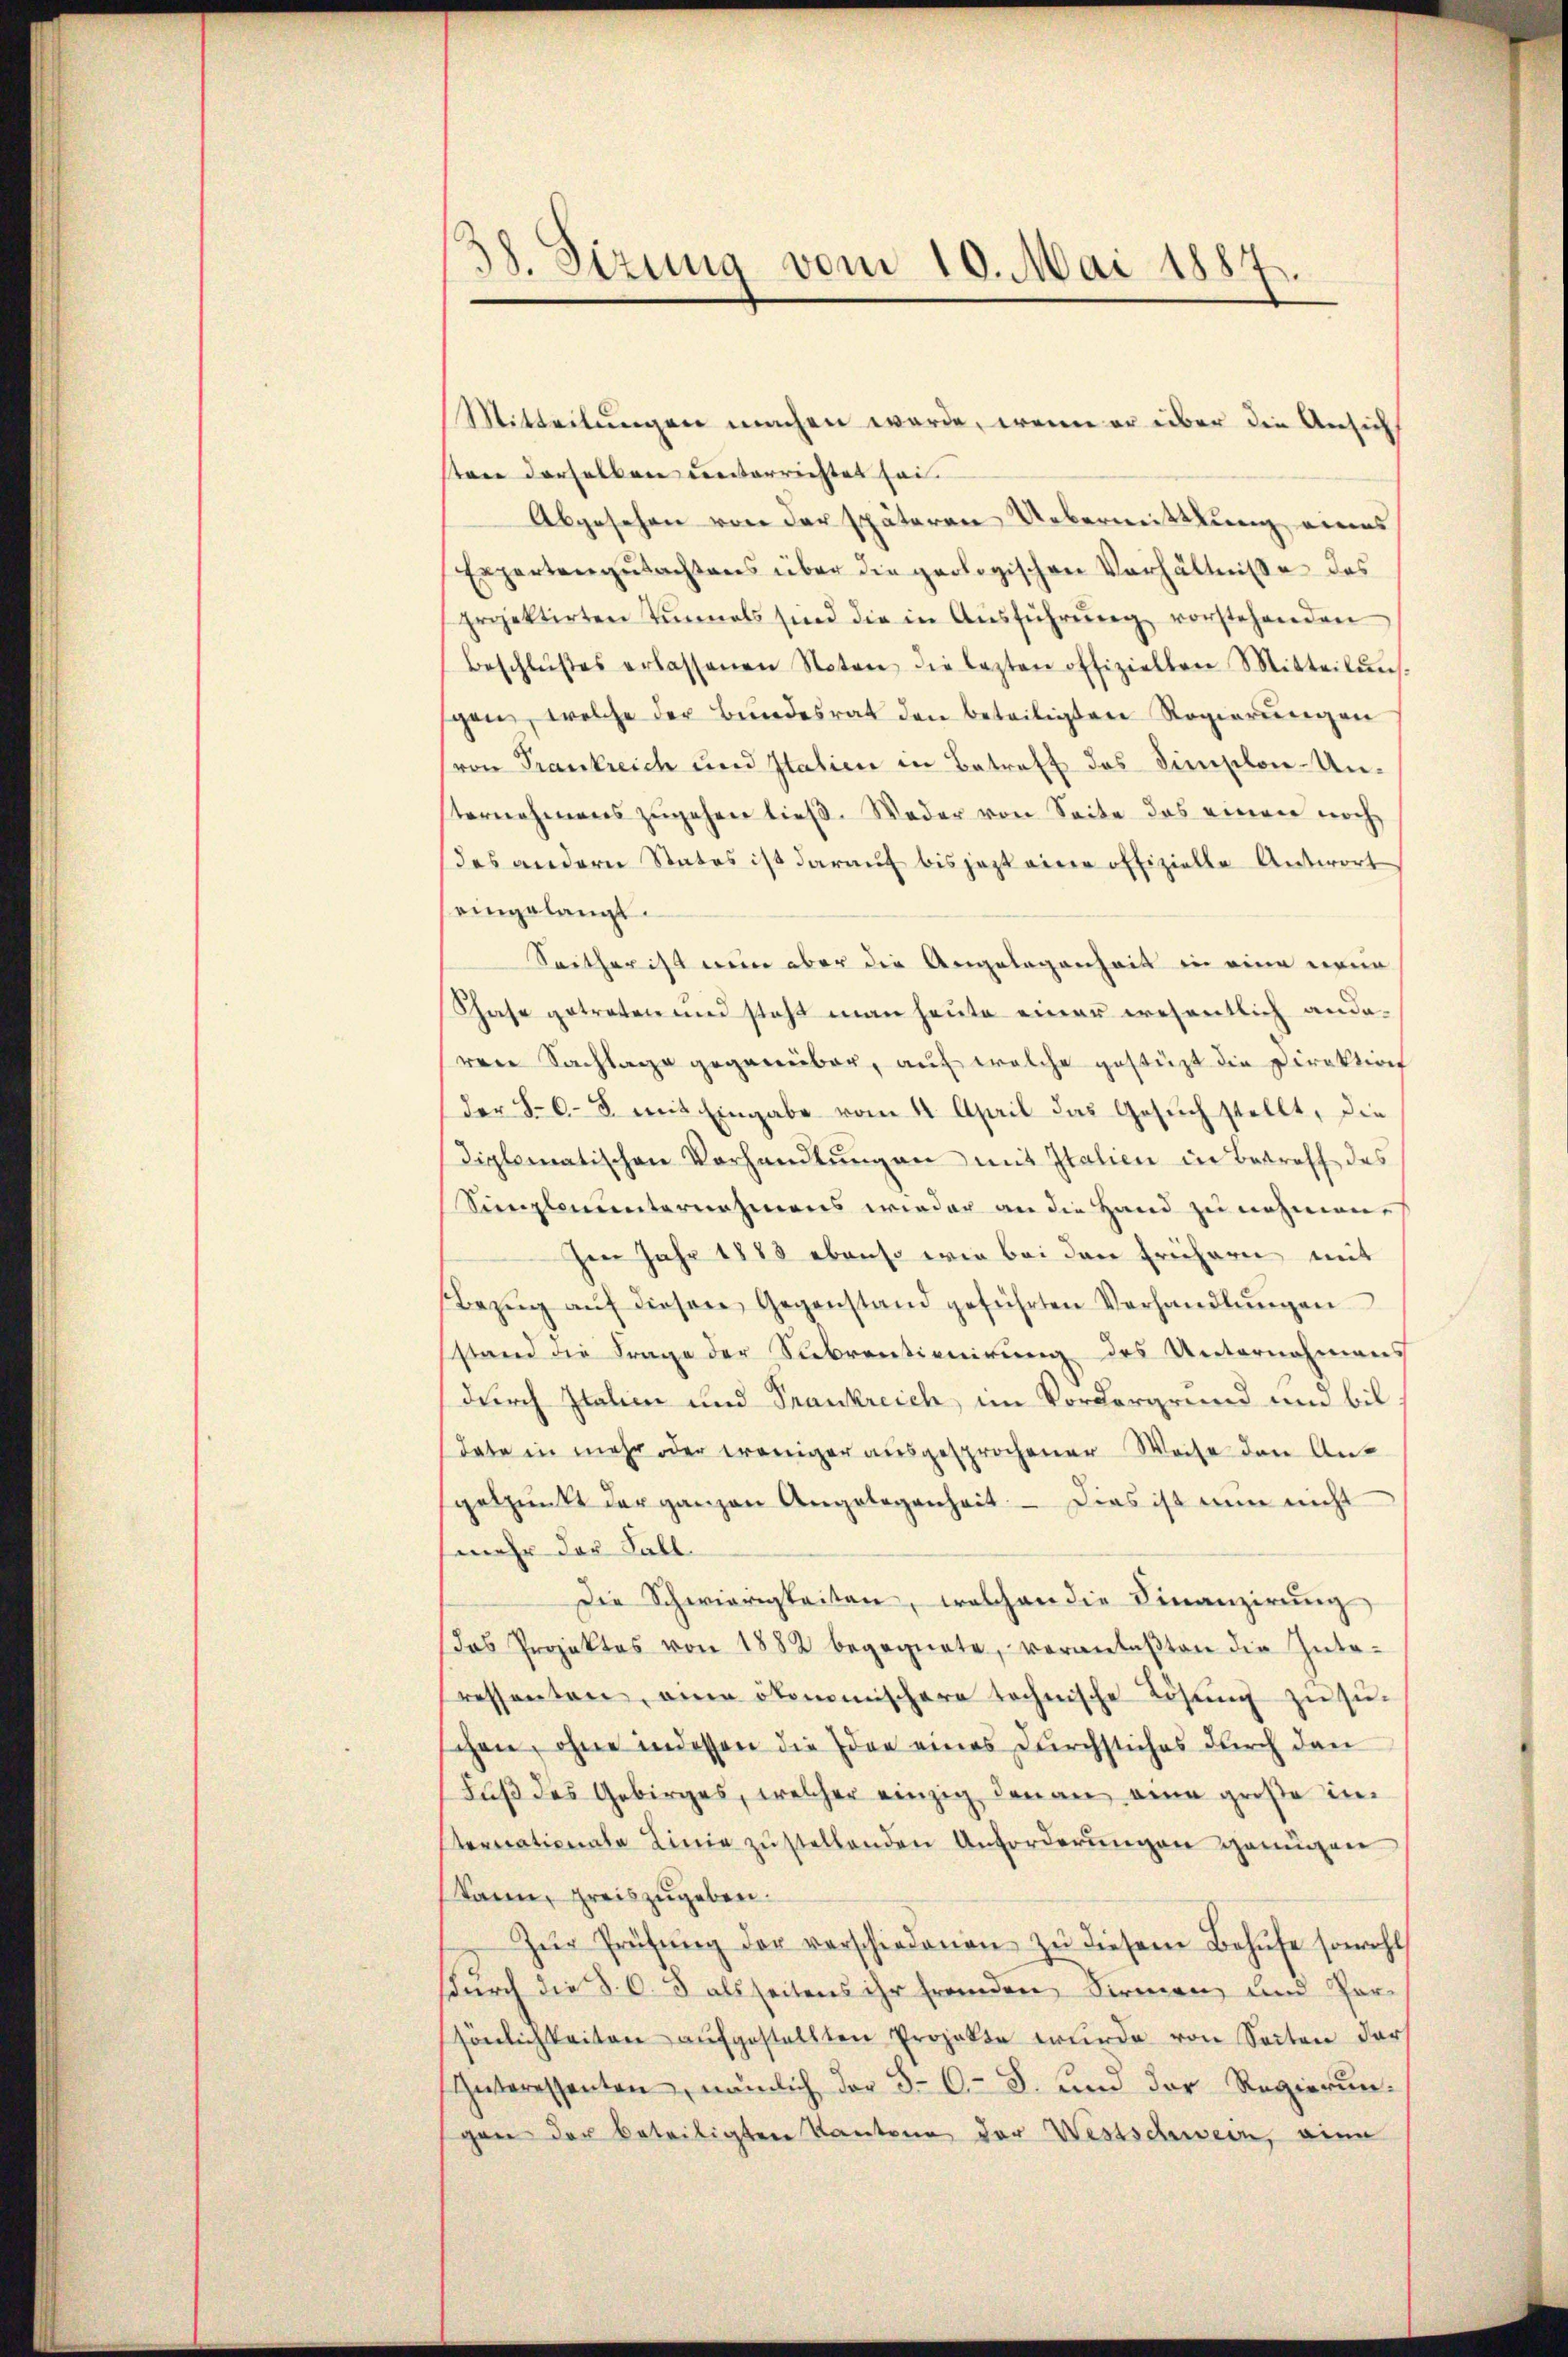
38. Sizung vom 10. Mai 1887.

Mitteilŭngen machen werde, wenn er über die Ansich
strie derselben unterrichtet sei.
Abgesehen von der späteren Uebermittlung eines
Expertengŭtachtens über die geologischen Verhältnisse des
projektirten Einmals sind die in Aŭsführŭng vorstehenden
Beschlŭβes erlassenen Noten die lezten offiziellen Mitteilŭng.
spen, welche der Bŭndesrat den beteiligten Regierŭngen
von Frankreich und Italien in Betreff des Dieselon-Unternehmens zugehen ließ. Weder von Seite das einen noch
des andern Statos ist darauf bis jezt eine offizielle Antwort
eingelangt.
Seitherist mein aber die Angelegenheit in eine neue
Schafe getreten und steht man heute einer wesentlich anderene Fachlage gegenüber, auf welche gestüzt die Direktion
der 865 mit Eingabe vom 4. April das Gesuch stellt, die
diplomatischen Vorhandlŭngen mit Italien in Betreff des
Simplenunternahmens wieder an die Hand zu nehmen.
Ien Jahr 1883 ebenso wie bei den frühern mit
Bezŭg aŭf diesen Gegenstand geführten Verhandlŭngen
stand die Frage der Subventionirung des Unternahmens
durch Italien und Trankreich, im Vordergrund und bil
Tabe in mehr oder ereniger ausgesprochener Weise den An-
gelpunkt der ganzen Angelegenheit. — Dies ist nun nicht
mehr der Fall.
Die Schwierigkeiten, welchen die Finanzierung
das Projektes von 1882 begegnete, veranlaβten die Inte-
ressenten, eine ökonomischere technische Lösung zuzuschen, ohne indessen die Idee eines durchstiches durch dan
Fŭβ des Gebirges, welcher einzig den an eine große in
sternationale Linie zustellenden Anforderungen genügen
kann, preiszugeben.
Zŭr Prüfŭng der verschiedenen zŭ diesem Behufe sowohl
durch die §. 6. 5 als seitens ihr fremden Firmen, und Porssönlichkeiten aufgestellten Projekte wurde von Seiten der
Interessenten, nämlich der 5-6 - 8. und der Regierungen der beteiligten Kantone der Westschwein, eine